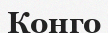
Конго